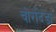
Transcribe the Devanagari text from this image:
चोरदिंडा